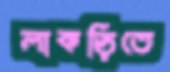
লাকড়িতে